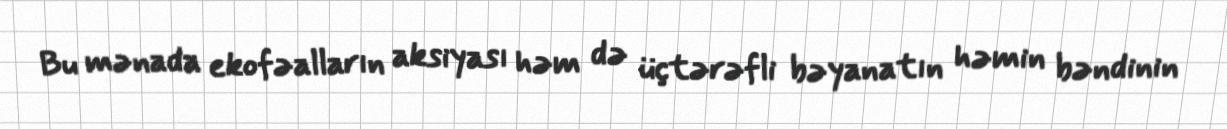
Bu mənada ekofəalların aksiyası həm də üçtərəfli bəyanatın həmin bəndinin